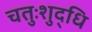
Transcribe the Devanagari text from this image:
चतुःशुद्धि